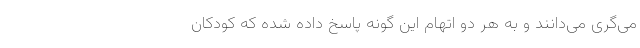
می‌گری می‌دانند و به هر دو اتهام این گونه پاسخ داده شده که کودکان